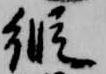
縦